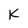
Character: K